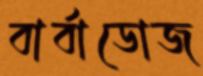
বার্বাডোজ